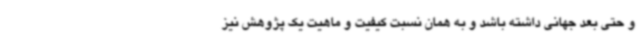
و حتی بعد جهانی داشته باشد و به همان نسبت کیفیت و ماهیت یک پژوهش نیز